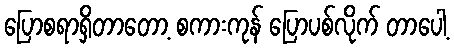
ပြောစရာရှိတာတော့ စကားကုန် ပြောပစ်လိုက် တာပေါ့